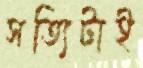
সত্যিটাই